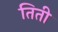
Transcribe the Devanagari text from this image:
तिती